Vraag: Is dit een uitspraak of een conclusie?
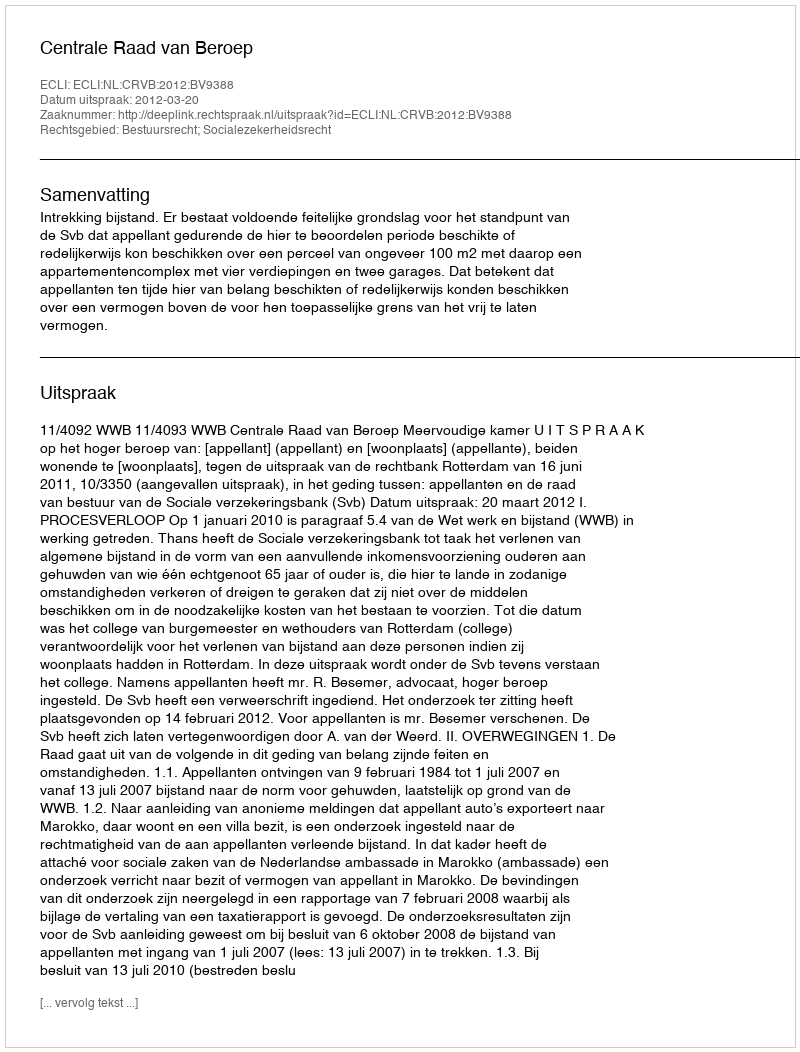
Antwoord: Uitspraak